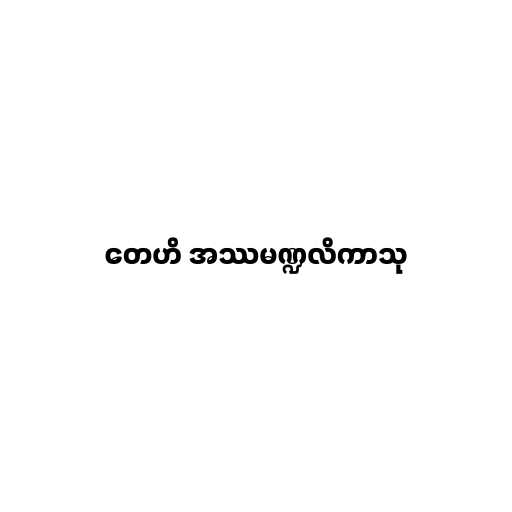
တေဟိ အဿမဏ္ဍလိကာသု